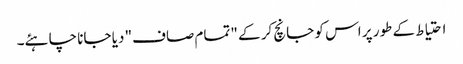
احتیاط کے طور پر اس کو جانچ کر کے "تمام صاف" دیا جانا چاہئے۔